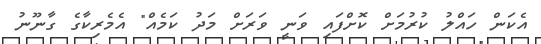
އެކަން ހައްލު ކުރުމަށް ކޮށްފައި ވަނީ ވަރަށް މަދު ކަމެއް" އެމެރިކާގެ ގާނޫނު